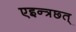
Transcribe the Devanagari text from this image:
एइन्त्रछ्त्